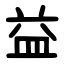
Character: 益